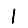
Digit: 1